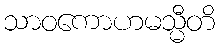
သာဝကောဟမသ္မီတိ